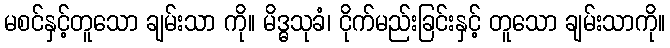
မစင်နှင့်တူသော ချမ်းသာ ကို။ မိဒ္ဓသုခံ၊ ငိုက်မည်းခြင်းနှင့် တူသော ချမ်းသာကို။